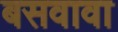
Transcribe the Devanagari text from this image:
बसवावा